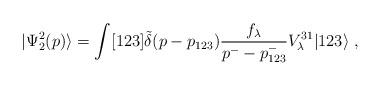
LaTeX: \begin{align*}|\Psi_2^{2}(p) \rangle = \int [123]\tilde{\delta}(p - p_{123})\frac{f_\lambda}{p^- -p^-_{123}} V^{31}_\lambda |123 \rangle \; ,\end{align*}